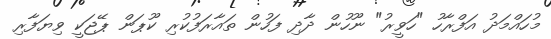
މުހައްމަދު އަފްރާހު "ހަވީރު" ނޫހުން ދާދި ފަހުން ތައާރަފުކުރި ކޫޕަން ޕޭޖަކީ ވިޔަފާރި